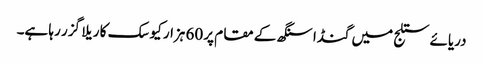
دریائے ستلج میں گنڈا سنگھ کے مقام پر 60 ہزار کیوسک کا ریلا گزر رہا ہے۔